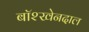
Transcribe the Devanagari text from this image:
बॉश्खेनदाल